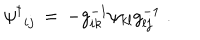
{ \psi ^ { \dagger } } _ { i j } \, = \, - g _ { i k } ^ { - 1 } \psi _ { k l } g _ { l j } ^ { - 1 } \; .